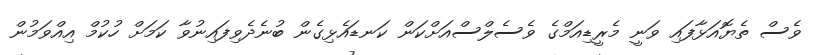
ވެސް ތެޔޮއަޅާފައި ވަނީ މެރީޑިއަމްގެ ވެސެލްސްއަށްކަން ކަނޑައެޅިގެން ބުނެދެވިފައިނުވާ ކަމަށް ހުކުމް އިއްވަމުން